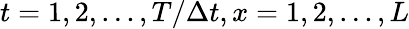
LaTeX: t=1,2,...,T/\Delta t,x=1,2,...,L